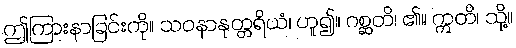
ဤကြားနာခြင်းကို။ သဝနာနုတ္တရိယံ၊ ဟူ၍။ ဂစ္ဆတိ၊ ၏။ ဣတိ၊ သို့။